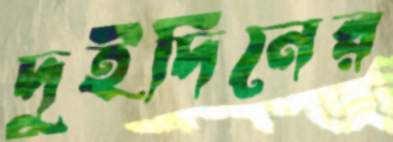
দুইদিনের